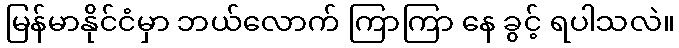
မြန်မာနိုင်ငံမှာ ဘယ်လောက် ကြာကြာ နေ ခွင့် ရပါသလဲ။